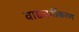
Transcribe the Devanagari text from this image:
वाद्यवर्गीकरण